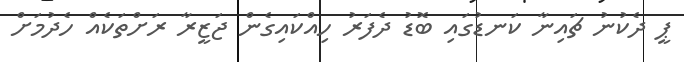
ޕީ ދެކުނު ޗައިނާ ކަނޑުގައި ބޮޑު ދެފަރު ހިއްކައިގެން ޖަޒީރާ ރަށްތަކެއް ހެދުމަށް